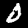
Label: 0